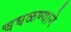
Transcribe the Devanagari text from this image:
चघळण्याने